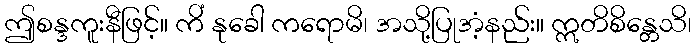
ဤစန္ဒကူးနီဖြင့်။ ကိံ နုခေါ ကရောမိ၊ အသို့ပြုအံ့နည်း။ ဣတိစိန္တေသိ၊